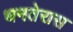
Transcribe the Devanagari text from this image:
धनतेरास